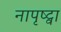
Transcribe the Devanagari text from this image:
नापृष्ट्वा